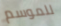
للموسم